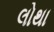
લોથા